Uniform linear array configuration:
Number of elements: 16
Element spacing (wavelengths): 0.5
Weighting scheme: hamming
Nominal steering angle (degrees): -30
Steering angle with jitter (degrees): -30.612
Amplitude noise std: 0.05
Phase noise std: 0.05

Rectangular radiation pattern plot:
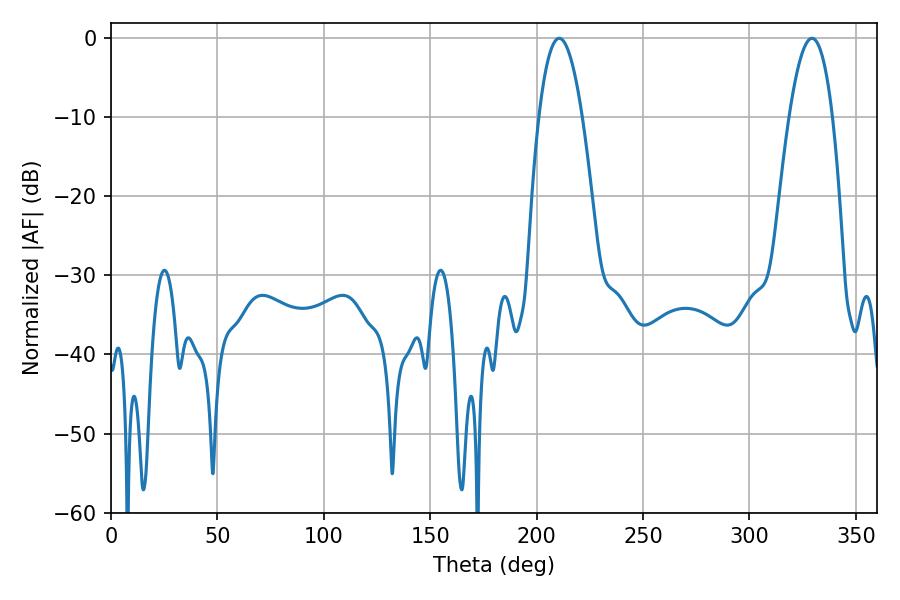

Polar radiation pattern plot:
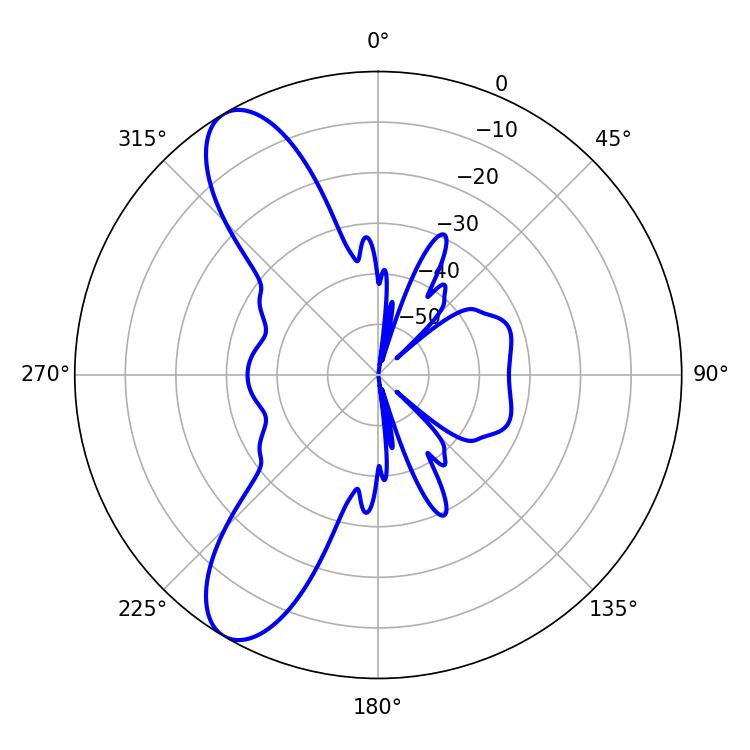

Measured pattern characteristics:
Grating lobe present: FALSE
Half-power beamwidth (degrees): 11.16
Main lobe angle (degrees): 210.6